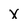
Character: X